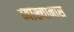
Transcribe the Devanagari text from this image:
व्याख्यानास